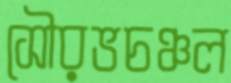
সৌরভচঞ্চল